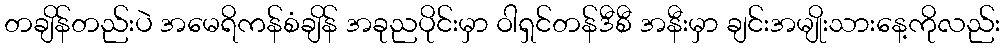
တချိန်တည်းပဲ အမေရိကန်စံချိန် အခုညပိုင်းမှာ ဝါရှင်တန်ဒီစီ အနီးမှာ ချင်းအမျိုးသားနေ့ကိုလည်း